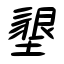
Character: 墾